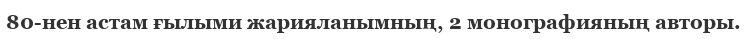
80-нен астам ғылыми жарияланымның, 2 монографияның авторы.